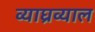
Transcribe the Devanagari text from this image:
व्याघ्रव्याल